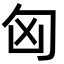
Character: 匈